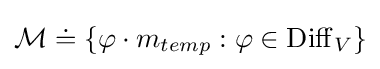
{\mathcal {M}}\doteq \{\varphi \cdot m_{temp}:\varphi \in \operatorname {Diff} _{V}\}